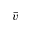
\Bar { v }